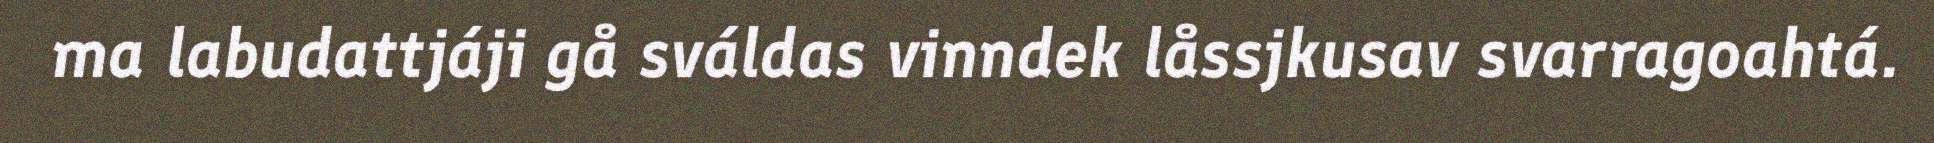
ma labudattjáji gå sváldas vinndek låssjkusav svarragoahtá.